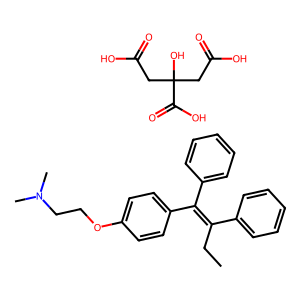
SMILES: CCC(=C(c1ccccc1)c1ccc(OCCN(C)C)cc1)c1ccccc1.O=C(O)CC(O)(CC(=O)O)C(=O)O
Inhibits HIV replication: No